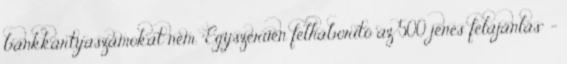
bankkártyaszámokat nem. "Egyszerűen felháborító az 500 jenes felajánlás" -